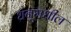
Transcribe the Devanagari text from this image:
धनूमधील